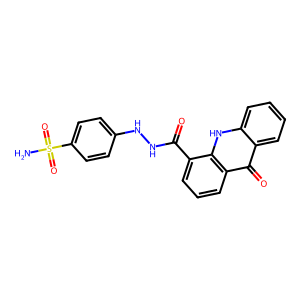
SMILES: NS(=O)(=O)c1ccc(NNC(=O)c2cccc3c(=O)c4ccccc4[nH]c23)cc1
Inhibits HIV replication: No